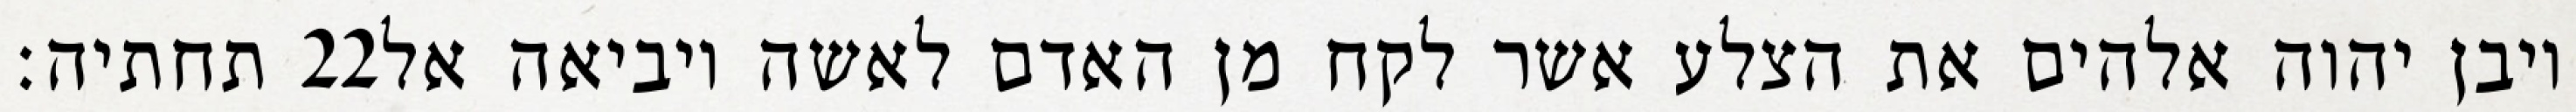
תחתיה׃ ‎22‏ ויבן יהוה אלהים את הצלע אשר לקח מן האדם לאשה ויביאה אל